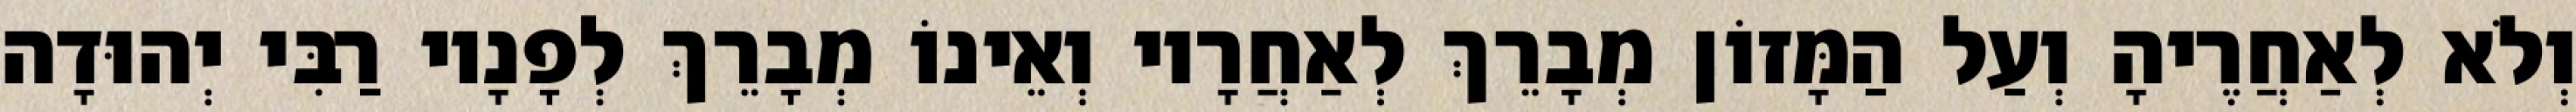
וְלֹא לְאַחֲרֶיהָ וְעַל הַמָּזוֹן מְבָרֵךְ לְאַחֲרָיו וְאֵינוֹ מְבָרֵךְ לְפָנָיו רַבִּי יְהוּדָה